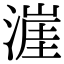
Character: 漄